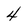
Character: 4